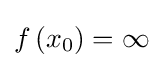
f\left(x_{0}\right)=\infty